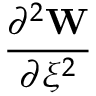
\frac { \partial ^ { 2 } \mathbf { W } } { \partial \xi ^ { 2 } }